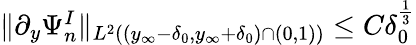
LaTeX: \begin{array}{r}{\| \partial_{y}\Psi_{n}^{I}\| _{L^{2}((y_{\infty}-\delta_{0},y_{\infty}+\delta_{0})\cap(0,1))}\leq C\delta_{0}^{\frac 13}}\end{array}